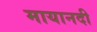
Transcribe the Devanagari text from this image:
मायानदी